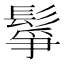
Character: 鬇